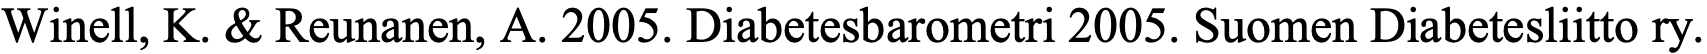
Winell, K. & Reunanen, A. 2005. Diabetesbarometri 2005. Suomen Diabetesliitto ry.